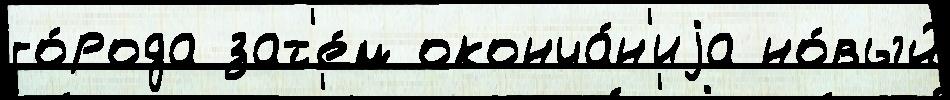
го́рода зат'е́м оконча́н'иjа но́вый